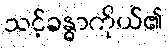
သင့်ခန္ဓာကိုယ်၏